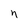
Character: n